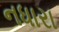
નધારા